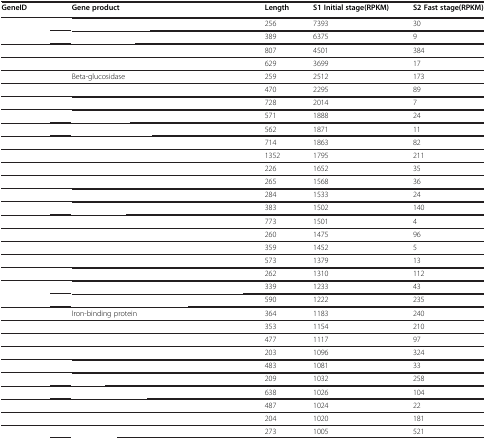
<table><thead><tr><td><b>GeneID</b></td><td><b>Gene product</b></td><td><b>Length</b></td><td><b>S1 Initial stage(RPKM)</b></td><td><b>S2 Fast stage(RPKM)</b></td></tr></thead><tbody><tr><td>[EMPTY_CELL]</td><td>[EMPTY_CELL]</td><td>256</td><td>7393</td><td>30</td></tr><tr><td>[EMPTY_CELL]</td><td>[EMPTY_CELL]</td><td>389</td><td>6375</td><td>9</td></tr><tr><td>[EMPTY_CELL]</td><td>[EMPTY_CELL]</td><td>807</td><td>4501</td><td>384</td></tr><tr><td>[EMPTY_CELL]</td><td>[EMPTY_CELL]</td><td>629</td><td>3699</td><td>17</td></tr><tr><td>[EMPTY_CELL]</td><td>Beta-glucosidase</td><td>259</td><td>2512</td><td>173</td></tr><tr><td>[EMPTY_CELL]</td><td>[EMPTY_CELL]</td><td>470</td><td>2295</td><td>89</td></tr><tr><td>[EMPTY_CELL]</td><td>[EMPTY_CELL]</td><td>728</td><td>2014</td><td>7</td></tr><tr><td>[EMPTY_CELL]</td><td>[EMPTY_CELL]</td><td>571</td><td>1888</td><td>24</td></tr><tr><td>[EMPTY_CELL]</td><td>[EMPTY_CELL]</td><td>562</td><td>1871</td><td>11</td></tr><tr><td>[EMPTY_CELL]</td><td>[EMPTY_CELL]</td><td>714</td><td>1863</td><td>82</td></tr><tr><td>[EMPTY_CELL]</td><td>[EMPTY_CELL]</td><td>1352</td><td>1795</td><td>211</td></tr><tr><td>[EMPTY_CELL]</td><td>[EMPTY_CELL]</td><td>226</td><td>1652</td><td>35</td></tr><tr><td>[EMPTY_CELL]</td><td>[EMPTY_CELL]</td><td>265</td><td>1568</td><td>36</td></tr><tr><td>[EMPTY_CELL]</td><td>[EMPTY_CELL]</td><td>284</td><td>1533</td><td>24</td></tr><tr><td>[EMPTY_CELL]</td><td>[EMPTY_CELL]</td><td>383</td><td>1502</td><td>140</td></tr><tr><td>[EMPTY_CELL]</td><td>[EMPTY_CELL]</td><td>773</td><td>1501</td><td>4</td></tr><tr><td>[EMPTY_CELL]</td><td>[EMPTY_CELL]</td><td>260</td><td>1475</td><td>96</td></tr><tr><td>[EMPTY_CELL]</td><td>[EMPTY_CELL]</td><td>359</td><td>1452</td><td>5</td></tr><tr><td>[EMPTY_CELL]</td><td>[EMPTY_CELL]</td><td>573</td><td>1379</td><td>13</td></tr><tr><td>[EMPTY_CELL]</td><td>[EMPTY_CELL]</td><td>262</td><td>1310</td><td>112</td></tr><tr><td>[EMPTY_CELL]</td><td>[EMPTY_CELL]</td><td>339</td><td>1233</td><td>43</td></tr><tr><td>[EMPTY_CELL]</td><td>[EMPTY_CELL]</td><td>590</td><td>1222</td><td>235</td></tr><tr><td>[EMPTY_CELL]</td><td>Iron-binding protein</td><td>364</td><td>1183</td><td>240</td></tr><tr><td>[EMPTY_CELL]</td><td>[EMPTY_CELL]</td><td>353</td><td>1154</td><td>210</td></tr><tr><td>[EMPTY_CELL]</td><td>[EMPTY_CELL]</td><td>477</td><td>1117</td><td>97</td></tr><tr><td>[EMPTY_CELL]</td><td>[EMPTY_CELL]</td><td>203</td><td>1096</td><td>324</td></tr><tr><td>[EMPTY_CELL]</td><td>[EMPTY_CELL]</td><td>483</td><td>1081</td><td>33</td></tr><tr><td>[EMPTY_CELL]</td><td>[EMPTY_CELL]</td><td>209</td><td>1032</td><td>258</td></tr><tr><td>[EMPTY_CELL]</td><td>[EMPTY_CELL]</td><td>638</td><td>1026</td><td>104</td></tr><tr><td>[EMPTY_CELL]</td><td>[EMPTY_CELL]</td><td>487</td><td>1024</td><td>22</td></tr><tr><td>[EMPTY_CELL]</td><td>[EMPTY_CELL]</td><td>204</td><td>1020</td><td>181</td></tr><tr><td>[EMPTY_CELL]</td><td>[EMPTY_CELL]</td><td>273</td><td>1005</td><td>521</td></tr></tbody></table>